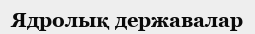
Ядролық державалар